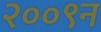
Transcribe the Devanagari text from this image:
२००९न